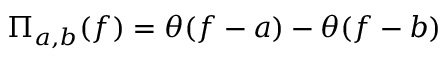
\Pi _ { a , b } ( f ) = \theta ( f - a ) - \theta ( f - b )